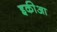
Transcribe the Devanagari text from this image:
इकीआ